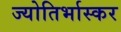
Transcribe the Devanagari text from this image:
ज्योतिर्भास्कर